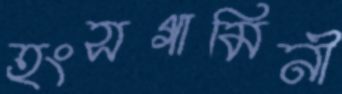
হংসগামিনী